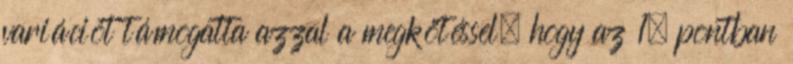
variációt támogatta azzal a megkötéssel, hogy az 1. pontban